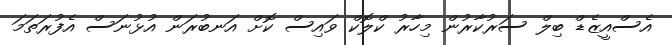
އެސްއީޒެޑް ބިލް ސަރުކާރުން މިހާރު ކްލޮކް ވައިސް ކޮށް އަނބުރަން އުޅުނަސް އެފުރަތަމަ